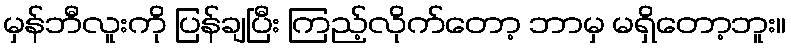
မှန်ဘီလူးကို ပြန်ချပြီး ကြည့်လိုက်တော့ ဘာမှ မရှိတော့ဘူး။